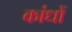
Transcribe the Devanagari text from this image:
कांधों